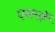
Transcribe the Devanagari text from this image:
एसर्नो